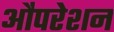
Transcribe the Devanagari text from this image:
औंपरेशन